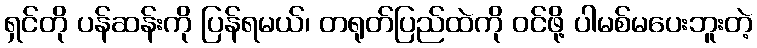
ရှင်တို ပန်ဆန်းကို ပြန်ရမယ်၊ တရုတ်ပြည်ထဲကို ဝင်ဖို့ ပါမစ်မပေးဘူးတဲ့